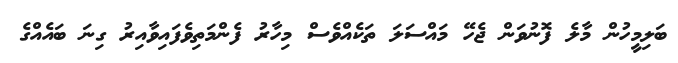
ބަލިމީހުން މާލެ ފޮނުވަން ޖެހޭ މައްސަލަ ތަކެއްވެސް މިހާރު ފެންމަތިވެފައިވާއިރު ގިނަ ބައެއްގެ